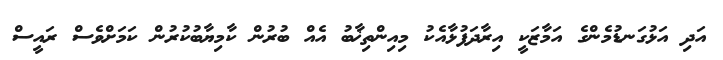
އަދި އަޅުގަނޑުމެންގެ އަމާޒަކީ އިރާދަފުޅާއެކު މިއިންތިޚާބު އެއް ބުރުން ކާމިޔާބުކުރުން ކަމަށްވެސް ރައީސް